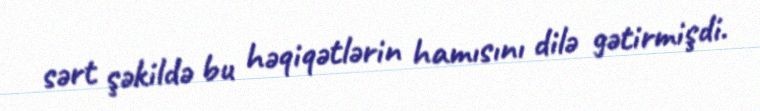
sərt şəkildə bu həqiqətlərin hamısını dilə gətirmişdi.